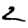
Digit: 2